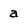
Character: a